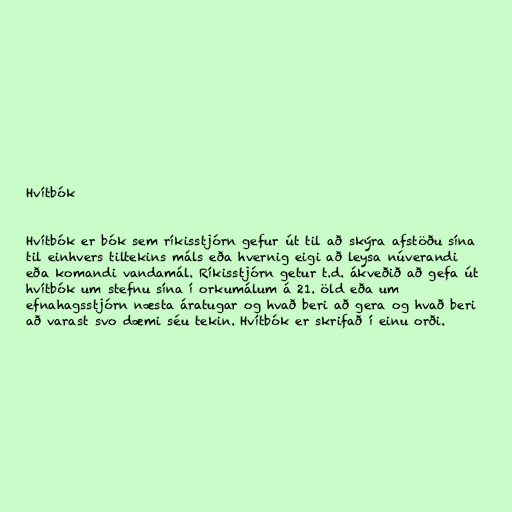
Hvítbók

Hvítbók er bók sem ríkisstjórn gefur út til að skýra afstöðu sína
til einhvers tiltekins máls eða hvernig eigi að leysa núverandi
eða komandi vandamál. Ríkisstjórn getur t.d. ákveðið að gefa út
hvítbók um stefnu sína í orkumálum á 21. öld eða um
efnahagsstjórn næsta áratugar og hvað beri að gera og hvað beri
að varast svo dæmi séu tekin. Hvítbók er skrifað í einu orði.